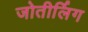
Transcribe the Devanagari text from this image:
जोतीर्लिग